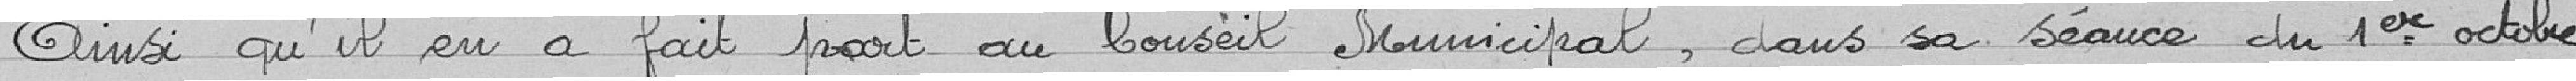
Ainsi qu'il en a été fait part au Conseil Municipal, dans sa séance du 1er octobre